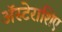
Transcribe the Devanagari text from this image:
अॅस्टेराशिए